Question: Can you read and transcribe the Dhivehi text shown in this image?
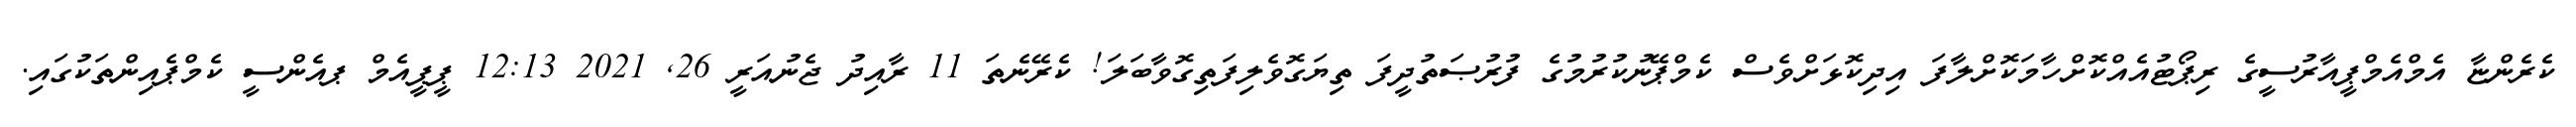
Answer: ކެރެންޏާ އެމްއެމްޕީއާރުސީގެ ރިޕޯޓުއެއްކޮށްހާމަކޮށްލާފަ އިދިކޮޅަށްވެސް ކެމްޕޭނުކުރުމުގެ ފުރުޞަތުދީފަ ތިޔަގޮވެލިފަތިގޮވާބަލަ! ކެރޭނެތަ 11 ރާއިދު ޖެނުއަރީ 26, 2021 12:13 ޕީޕީއެމް ޕއެންސީ ކެމްޕެއިންތަކުގައި.